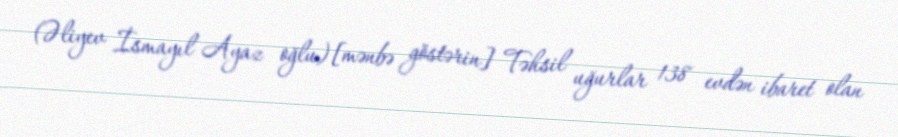
(Əliyev İsmayıl Ayaz oğlu)[mənbə göstərin] Təhsil uğurlar 138 evdən ibaret olan